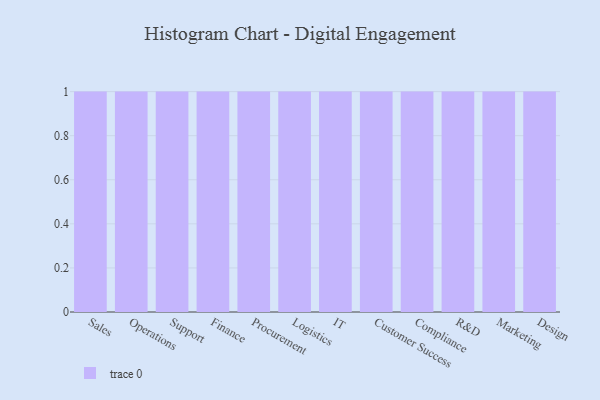
{"axis": {"x": "Department", "y": "Energy Usage (MWh)"}, "legend": [""], "data": [{"x": "Sales", "y": 13, "type": ""}, {"x": "Operations", "y": 87, "type": ""}, {"x": "Support", "y": 83, "type": ""}, {"x": "Finance", "y": 84, "type": ""}, {"x": "Procurement", "y": 61, "type": ""}, {"x": "Logistics", "y": 64, "type": ""}, {"x": "IT", "y": 39, "type": ""}, {"x": "Customer Success", "y": 96, "type": ""}, {"x": "Compliance", "y": 40, "type": ""}, {"x": "R&D", "y": 61, "type": ""}, {"x": "Marketing", "y": 74, "type": ""}, {"x": "Design", "y": 37, "type": ""}]}